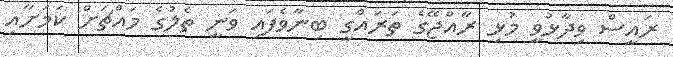
ރައީސް ވިދާޅުވީ މުޅި ރާއްޖޭގެ ތަރައްގީ ބިނާވެފައި ވަނީ ތެލުގެ މައްޗަށް ކަމަށާއި